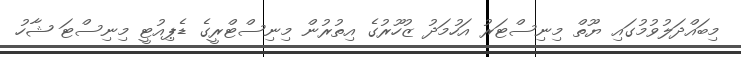
މިބައްދަލުވުމުގައި ޔޫތް މިނިސްޓަރު އަހުމަދު ޒުހޫރުގެ އިތުރުން މިނިސްޓްރީގެ ޑެޕިއުޓީ މިނިސްޓަ ޝާހު